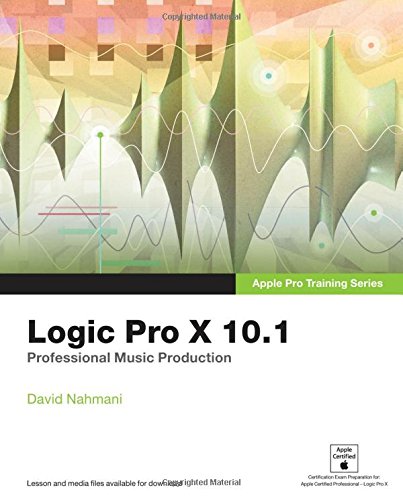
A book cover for Apple Pro Training Series: Logic Pro X 10.1: Professional Music Production; David Nahmani; Arts & Photography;